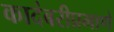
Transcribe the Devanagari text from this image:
कादंबरीप्रमाणे